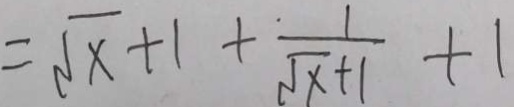
= \sqrt { x } + 1 + \frac { 1 } { \sqrt { x } + 1 } + 1